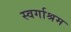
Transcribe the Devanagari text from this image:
स्‍वर्गाश्रम